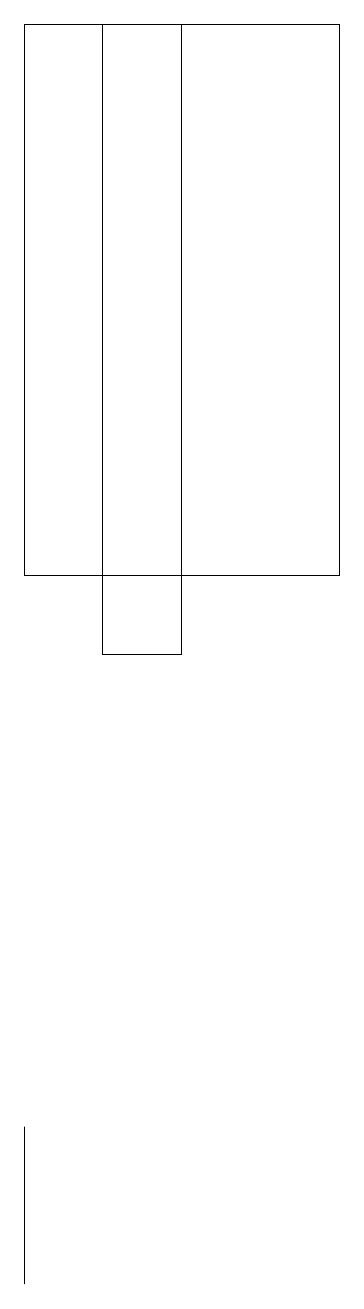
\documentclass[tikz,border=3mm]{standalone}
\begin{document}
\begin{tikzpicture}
\draw (2,10) rectangle (1,18);
\draw (4,18) rectangle (0,11);
\draw (0,3) -- (0,4) -- (0,2) -- cycle;
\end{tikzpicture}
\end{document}